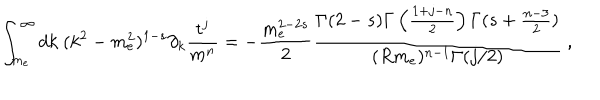
LaTeX: \int _ { m _ { e } } ^ { \infty } d k \ ( k ^ { 2 } - m _ { e } ^ { 2 } ) ^ { 1 - s } \partial _ { k } \frac { t ^ { j } } { m ^ { n } } = - \frac { m _ { e } ^ { 2 - 2 s } } { 2 } \frac { \Gamma ( 2 - s ) \Gamma \left( \frac { 1 + j - n } { 2 } \right) \Gamma ( s + \frac { n - 3 } { 2 } ) } { ( R m _ { e } ) ^ { n - 1 } \Gamma ( j / 2 ) } \ ,